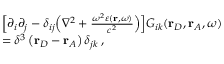
\begin{array} { r l } & { \Big [ \partial _ { i } \partial _ { j } - \delta _ { i j } \Big ( \nabla ^ { 2 } + \frac { \omega ^ { 2 } \varepsilon ( \mathbf { r } , \omega ) } { c ^ { 2 } } \Big ) \Big ] G _ { i k } ( \mathbf { r } _ { D } , \mathbf { r } _ { A } , \omega ) } \\ & { = \delta ^ { 3 } \left( \mathbf { r } _ { D } - \mathbf { r } _ { A } \right) \delta _ { j k } \, , } \end{array}